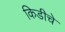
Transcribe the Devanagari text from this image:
किडीचे